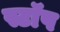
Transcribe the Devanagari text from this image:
स्टाॅप